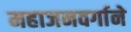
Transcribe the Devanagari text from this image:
महाजनवर्गाने